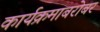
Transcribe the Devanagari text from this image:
कार्यक्रमाबरोबर